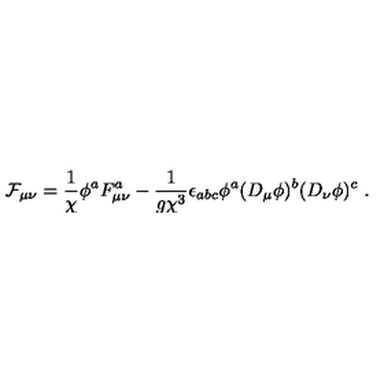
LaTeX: { \cal F } _ { \mu \nu } = \frac { 1 } { \chi } \phi ^ { a } F _ { \mu \nu } ^ { a } - \frac { 1 } { g \chi ^ { 3 } } \epsilon _ { a b c } \phi ^ { a } ( D _ { \mu } \phi ) ^ { b } ( D _ { \nu } \phi ) ^ { c } \ .